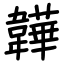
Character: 韡